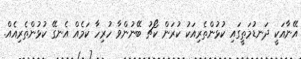
އޭނާއަކީ ދަނޑުމަތީގައި ކުޅުންތެރިއަކު ކުރަން ކޯޗު ބޭނުންވާ ހުރިހާ ކަމެއް އެނގޭ ކުޅުންތެރިއެއް.